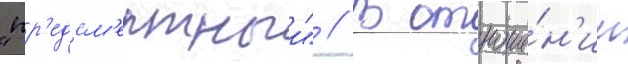
"пр'едсм'ертныи" // В отноше́н'ии